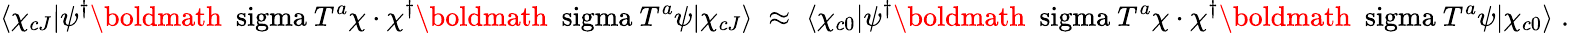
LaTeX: \langle\chi_{cJ}|\psi^{\dagger}\mathrm{\boldmath~\ sigma~}T^{a}\chi\cdot\chi^{\dagger}\mathrm{\boldmath~\ sigma~}T^{a}\psi|\chi_{cJ}\rangle\; \approx\; \langle\chi_{c0}|\psi^{\dagger}\mathrm{\boldmath~\ sigma~}T^{a}\chi\cdot\chi^{\dagger}\mathrm{\boldmath~\ sigma~}T^{a}\psi|\chi_{c0}\rangle\; .